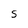
Character: S